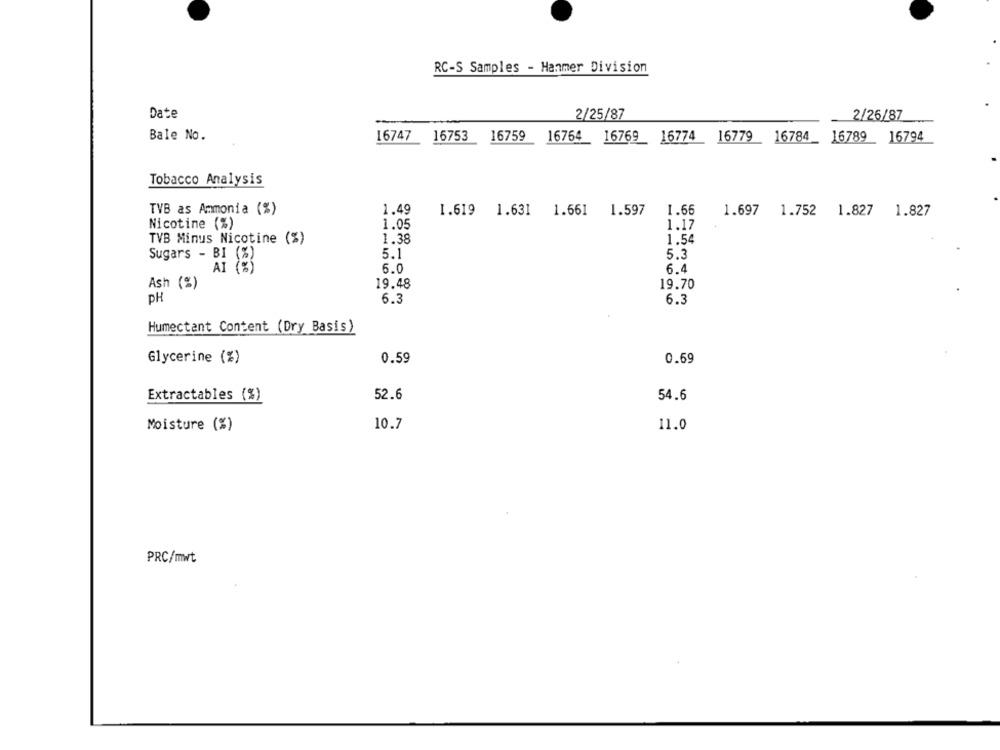
RC-S Samples - Hanmer Division
Date
2/25/87
2/26/87
Bale No.
16747
16753
16759
16764
16769
16774
16779
16784
16789 16794
Tobacco Analysis
TVB as Ammonia (%)
1.49
1.66
1.619 1.631 1.661
1.597
1.697
1.752 1.827 1.827
Nicotine (%)
1.05
1.17
TVB Minus Nicotine (%)
1.38
1.54
Sugars - BI (%)
5.1
5.3
6.0
6.4
Ash (%)
19.48
19.70
PH
6.3
6.3
Humectant Content (Dry Basis)
Glycerine (%)
0.59
0.69
Extractables (%)
52.6
54.6
Moisture (%)
10.7
11.0
PRC/mwt